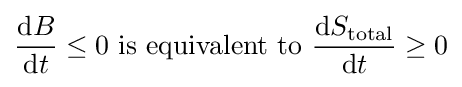
{\frac {\mathrm {d} B}{\mathrm {d} t}}\leq 0{\mbox{ is equivalent to }}{\frac {\mathrm {d} S_{\text{total}}}{\mathrm {d} t}}\geq 0